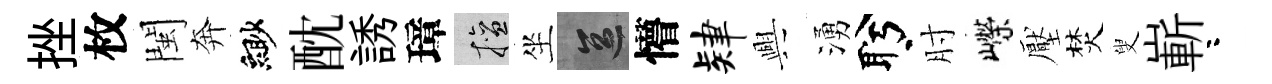
挫枚閩奔緲酖誘璋擅坐區懵肄興湧盻肘嶸壓焚叟嶄咯